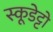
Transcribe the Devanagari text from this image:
स्कूडेट्टो